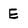
Character: E